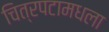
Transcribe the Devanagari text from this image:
चित्रपटामधला